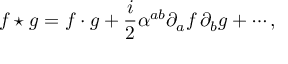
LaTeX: f \star g = f \cdot g + \frac { i } { 2 } \alpha ^ { a b } \partial _ { a } f \, \partial _ { b } g + \cdots ,